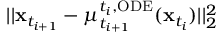
| | \mathbf { x } _ { t _ { i + 1 } } - \mu _ { t _ { i + 1 } } ^ { t _ { i } , \mathrm { O D E } } ( \mathbf { x } _ { t _ { i } } ) | | _ { 2 } ^ { 2 }